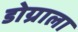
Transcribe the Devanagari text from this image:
डोग्राला